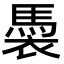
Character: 䮍